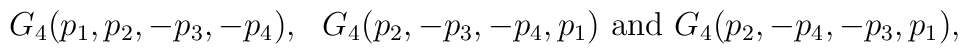
G_4(p_1,p_2,-p_3,-p_4), \ \ G_4(p_2,-p_3,-p_4,p_1) \ {\rm and} \ G_4(p_2,-p_4,-p_3,p_1),